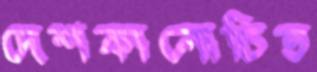
দেশকালোচিত